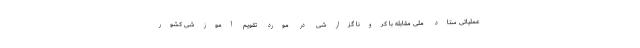
عملیاتی ستاد ملی مقابله با کرونا گزارشی در مورد تقویم آموزشی کشور